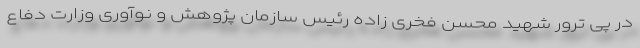
در پی ترور شهید محسن فخری زاده رئیس سازمان پژوهش و نوآوری وزارت دفاع